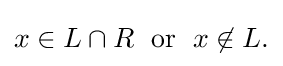
{\textstyle x\in L\cap R\;{\text{ or }}\;x\not \in L.}